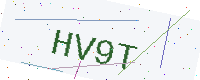
Text: HV9T